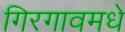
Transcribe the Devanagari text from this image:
गिरगावमधे